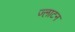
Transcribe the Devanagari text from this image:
ज्लाटन